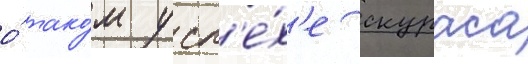
о́ тако́м усп'е́х'е скураса